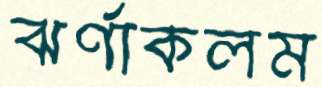
ঝর্ণাকলম